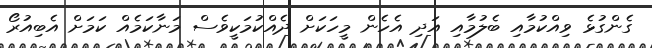
ގެންގުޅެ ވިއްކުމާއި ބެލުމާއި އަދި އެހެން މީހަކަށް ދެއްކުމަކީވެސް މަނާކަމެއް ކަމަށް އެބިއުރޯ